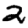
Digit: 2